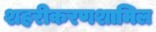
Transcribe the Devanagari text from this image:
शहरीकरणशामिल